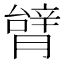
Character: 𦠋